Civil Veterinary Dept. Bombay admin report 1923-31 - 1923-1931
Year: 1923
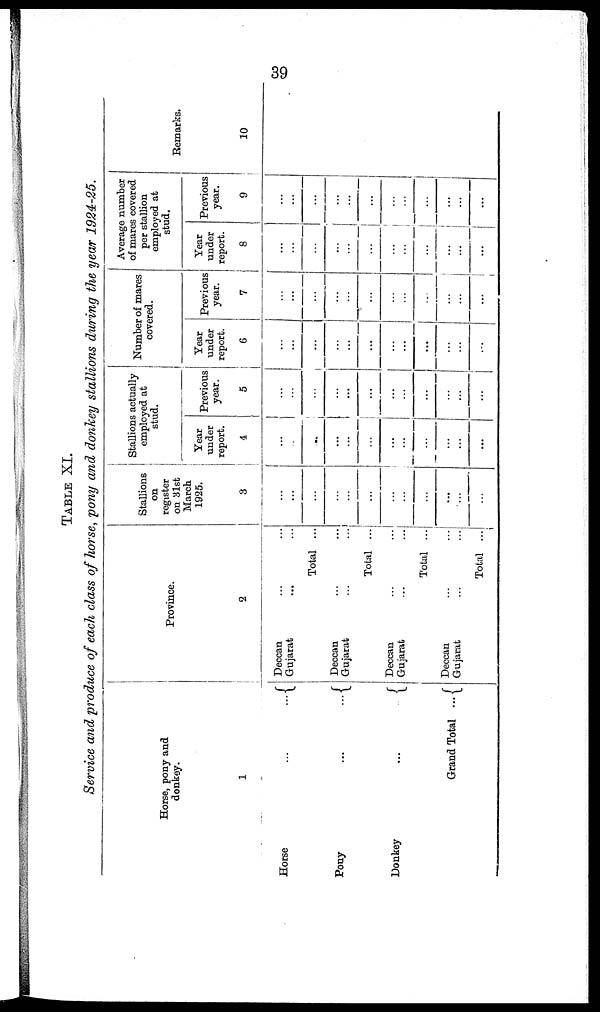
39
TABLE
XI.
Service
and produce
of each
class
of horse,
pony
and
donkey
stallions
during
the year
1924-25.
Horse, pony and
donkey.
1
Horse
...
...
Pony
...
...
Donkey
...
..
Grand Total
...
Deccan
Gujarat
Deccan
Gujarat
Deccan
Gujarat
Deccan
Gujarat
Province.
2
... ...
... ...
Total
...
... ...
... ...
Total
...
... ...
... ...
Total
...
... ...
... ...
Total
...
Stallions
on
register
on 31st
March
1925.
3
...
...
...
...
...
...
...
...
...
...
...
...
Stallions actually
employed at
stud.
Year
under
report.
4
...
...
...
...
...
...
...
...
...
...
...
...
Previous
year.
5
...
...
...
...
...
...
...
...
...
...
...
...
Number of mares
covered.
Year
under
report.
6
...
...
...
...
...
...
...
...
...
...
...
...
Previous
year.
7
...
...
...
...
...
...
...
...
...
...
...
...
Average number
of mares covered
per stallion
employed at
stud.
Year
under
report.
8
...
...
...
...
...
...
...
...
...
...
...
...
Previous
year.
9
...
...
...
...
...
...
...
...
...
...
...
...
Remarks.
10